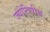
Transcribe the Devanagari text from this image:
ज्‍योतिषीय